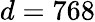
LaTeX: d=768